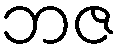
ဘဇ